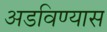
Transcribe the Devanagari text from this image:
अडविण्यास